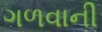
ગળવાની